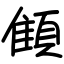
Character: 顀